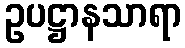
ဥပဋ္ဌာနသာရာ